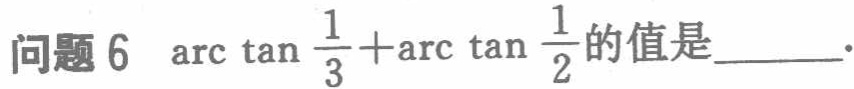
问题 6 $\arctan\frac{1}{3}+\arctan\frac{1}{2}$的值是______.